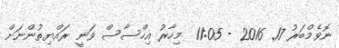
ނޮވެމްބަރު 17